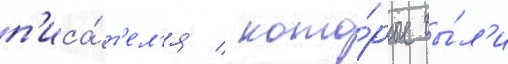
п'иса́т'ел'я / кото́рые бы́л'и